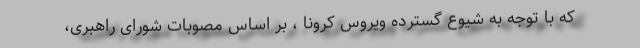
که با توجه به شیوع گسترده ویروس کرونا ، بر اساس مصوبات شورای راهبری،